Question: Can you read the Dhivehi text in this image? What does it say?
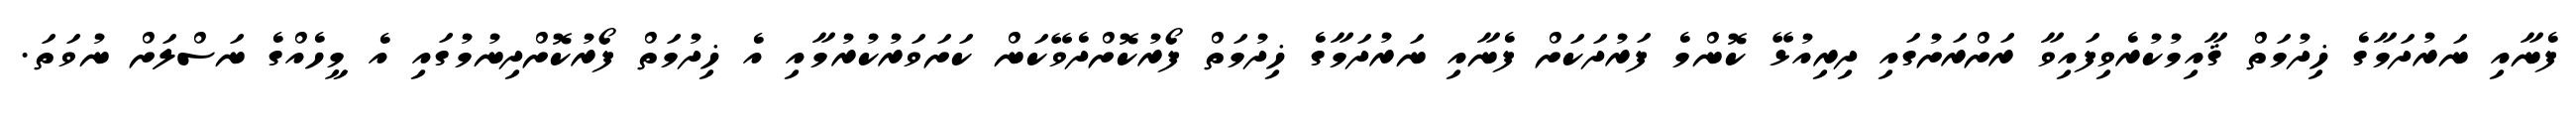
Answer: ފެނާއި ނަރުދަމާގެ ޚިދުމަތް ޤާއިމުކުރެވިފައިވާ ރަށްރަށުގައި ދިރިއުޅޭ ކޮންމެ ފަރުދަކަށް ފެނާއި ނަރުދަމާގެ ޚިދުމަތް ފޯރުކޮށްދެވޭކަން ކަށަވަރުކުރުމާއި އެ ޚިދުމަތް ފޯރުކޮށްދިނުމުގައި އެ މީހެއްގެ ނަސްލަށް ނުވަތަ.